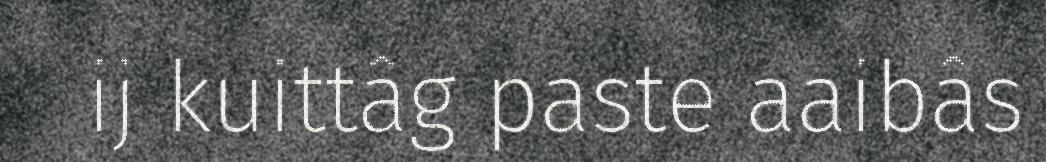
ij kuittâg paste aaibâs